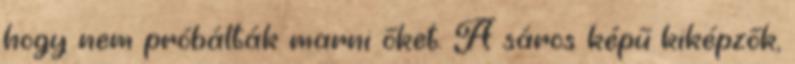
hogy nem próbálták marni őket. A sáros képű kiképzők,